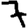
Digit: 7